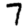
Digit: 7